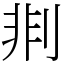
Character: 剕